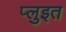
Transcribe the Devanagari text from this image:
प्लुइत